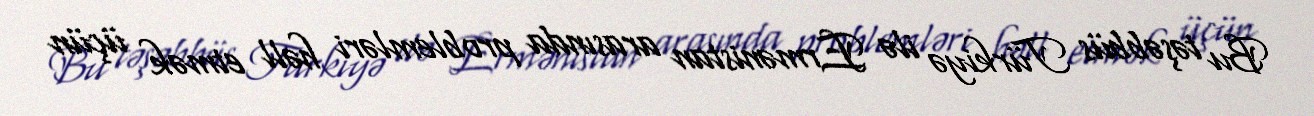
Bu təşəbbüs Türkiyə ilə Ermənistan arasında problemləri həll etmək üçün